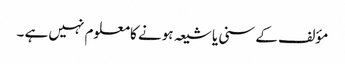
مؤلف کے سنی یا شیعہ ہونے کا معلوم نہیں ہے ۔